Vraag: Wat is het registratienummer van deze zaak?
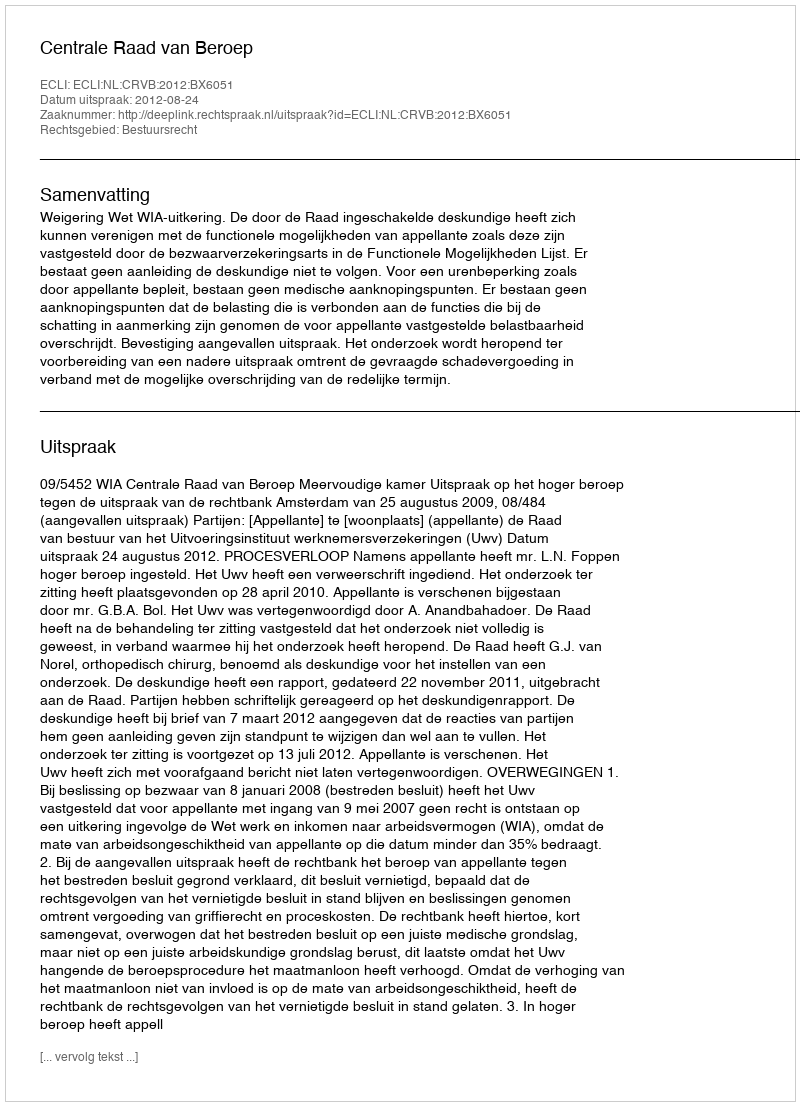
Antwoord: http://deeplink.rechtspraak.nl/uitspraak?id=ECLI:NL:CRVB:2012:BX6051